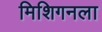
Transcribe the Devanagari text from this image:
मिशिगनला